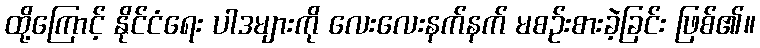
ထို့ကြောင့် နိုင်ငံရေး ပါဒများကို လေးလေးနက်နက် မစဉ်းစားခဲ့ခြင်း ဖြစ်၏။